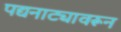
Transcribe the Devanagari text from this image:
पद्यनाट्यावरून